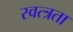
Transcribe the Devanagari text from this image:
स्वत्त्रता